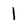
Character: 1